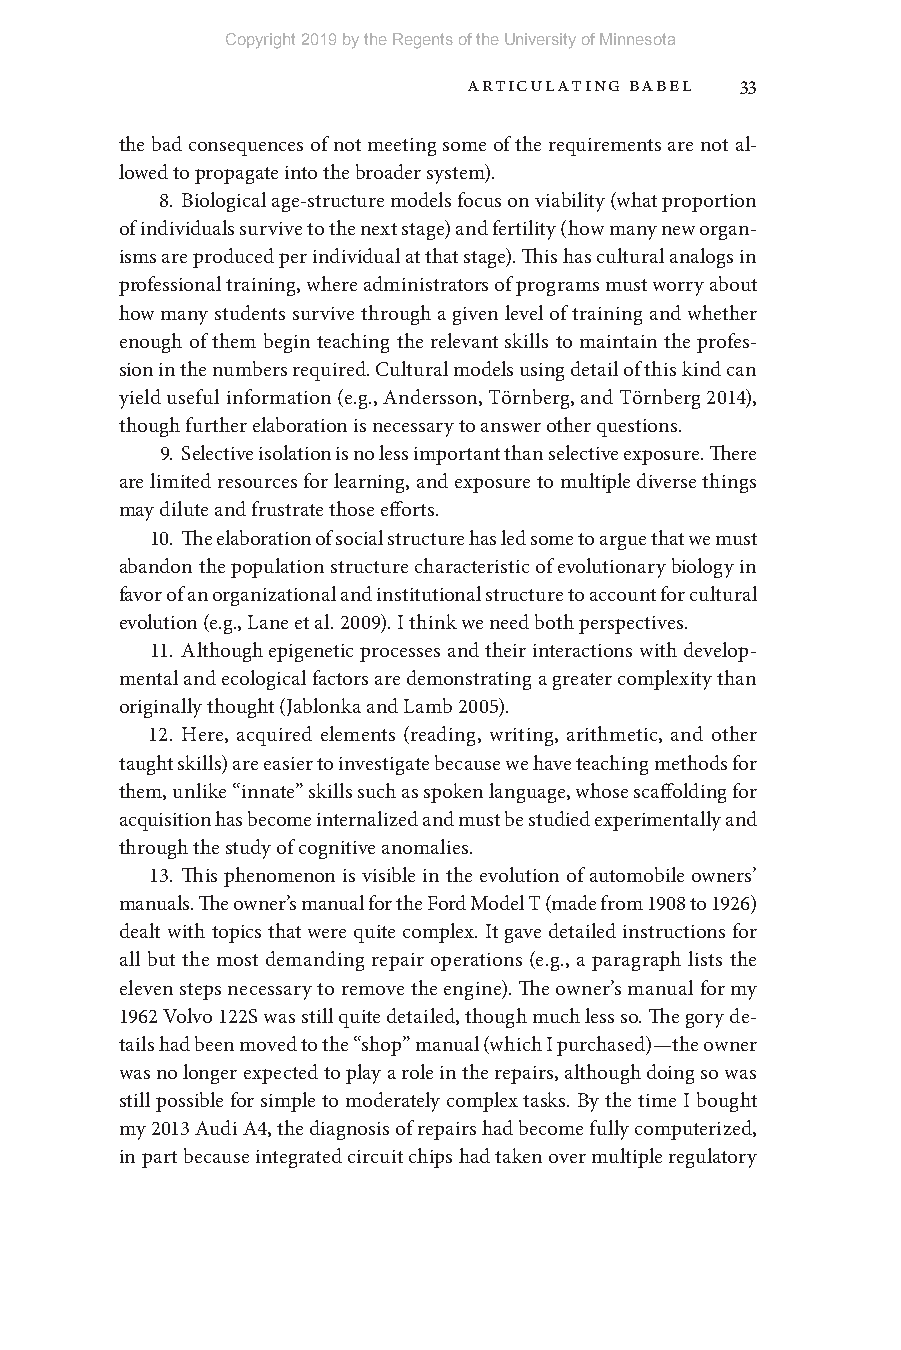
Copyright 2019 by the Regents of the University of Minnesota
 Articulating Babel 33
 the bad consequences of not meeting some of the requirements are not al-
 lowed to propagate into the broader system).
 8. Biological age- structure models focus on viability (what proportion
 of individuals survive to the next stage) and fertility (how many new organ-
 isms are produced per individual at that stage). This has cultural analogs in
 professional training, where administrators of programs must worry about
 how many students survive through a given level of training and whether
 enough of them begin teaching the relevant skills to maintain the profes-
 sion in the numbers required. Cultural models using detail of this kind can
 yield useful information (e.g., Andersson, Törnberg, and Törnberg 2014),
 though further elaboration is necessary to answer other questions.
 9. Selective isolation is no less important than selective exposure. There
 are limited resources for learning, and exposure to multiple diverse things
 may dilute and frustrate those efforts.
 10. The elaboration of social structure has led some to argue that we must
 abandon the population structure characteristic of evolutionary biology in
 favor of an organizational and institutional structure to account for cultural
 evolution (e.g., Lane et al. 2009). I think we need both perspectives.
 11. Although epigenetic processes and their interactions with develop-
 mental and ecological factors are demonstrating a greater complexity than
 originally thought (Jablonka and Lamb 2005).
 12. Here, acquired elements (reading, writing, arithmetic, and other
 taught skills) are easier to investigate because we have teaching methods for
 them, unlike “innate” skills such as spoken language, whose scaffolding for
 acquisition has become internalized and must be studied experimentally and
 through the study of cognitive anomalies.
 13. This phenomenon is visible in the evolution of automobile owners’
 manuals. The owner’s manual for the Ford Model T (made from 1908 to 1926)
 dealt with topics that were quite complex. It gave detailed instructions for
 all but the most demanding repair operations (e.g., a paragraph lists the
 eleven steps necessary to remove the engine). The owner’s manual for my
 1962 Volvo 122S was still quite detailed, though much less so. The gory de-
 tails had been moved to the “shop” manual (which I purchased)— the owner
 was no longer expected to play a role in the repairs, although doing so was
 still possible for simple to moderately complex tasks. By the time I bought
 my 2013 Audi A4, the diagnosis of repairs had become fully computerized,
 in part because integrated circuit chips had taken over multiple regulatory